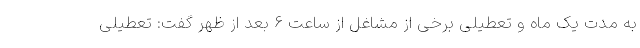
به مدت یک ماه و تعطیلی برخی از مشاغل از ساعت ۶ بعد از ظهر گفت: تعطیلی